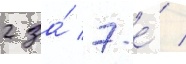
2 за́ 7-е́ /